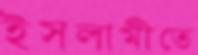
ইসলামীতে